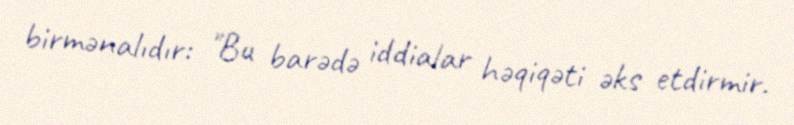
birmənalıdır: "Bu barədə iddialar həqiqəti əks etdirmir.